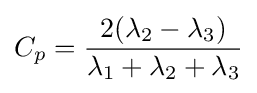
C_{p}={\frac {2(\lambda _{2}-\lambda _{3})}{\lambda _{1}+\lambda _{2}+\lambda _{3}}}